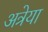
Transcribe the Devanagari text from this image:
अत्रेया